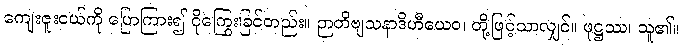
ကျေးဇူးငယ်ကို ပြောကြား၍ ငိုကြွေးခြင်တည်း။ ဉာတိဗျသနာဒိဟီယေဝ၊ တို့ဖြင့်သာလျှင်။ ဖုဋ္ဌဿ၊ သူ၏။